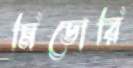
মিডোরি